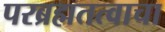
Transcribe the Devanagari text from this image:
परब्रह्मतत्वाचा